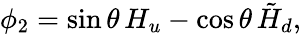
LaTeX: \phi_{2}=\sin\theta\, H_{u}-\cos\theta\, \tilde{H}_{d},